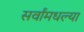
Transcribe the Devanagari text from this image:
सर्वांमधल्या